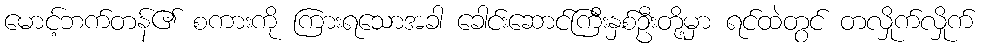
မောင့်ဘက်တန်၏ စကားကို ကြားရသောအခါ ခေါင်းဆောင်ကြီးနှစ်ဦးတို့မှာ ရင်ထဲတွင် တလှိုက်လှိုက်